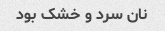
نان سرد و خشک بود